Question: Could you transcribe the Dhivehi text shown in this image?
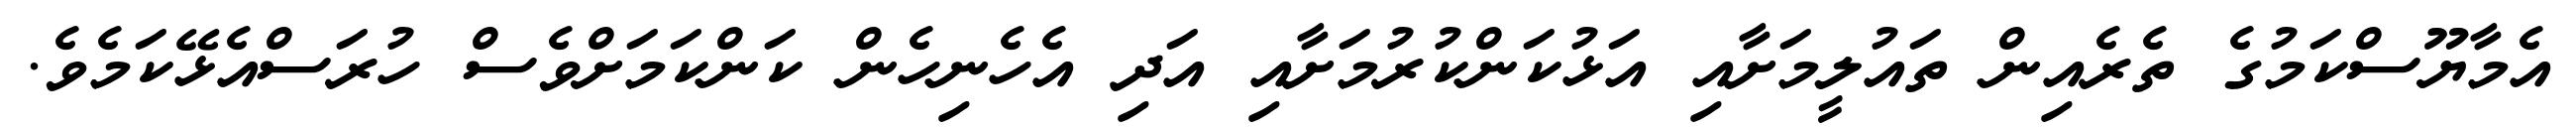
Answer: އެމާޔޫސްކަމުގެ ތެރެއިން ތައުލީމަށާއި އަޅުކަންކުރުމަށާއި އަދި އެހެނިހެން ކަންކަމަށްވެސް ހުރަސްއެޅޭކަމެވެ.